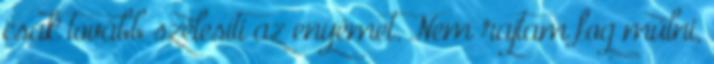
csak tovább szélesíti az enyémet. Nem rajtam fog múlni,